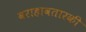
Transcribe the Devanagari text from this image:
वराहावतारकी